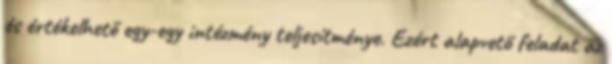
és értékelhető egy-egy intézmény teljesítménye. Ezért alapvető feladat az